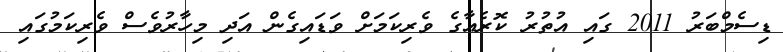
ޑިސެމްބަރު 2011 ގައި އުތުރު ކޮރެއާގެ ވެރިކަމަށް ވަޑައިގެން އަދި މިހާރުވެސް ވެރިކަމުގައި